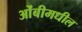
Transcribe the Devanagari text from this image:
ओंबीमधील